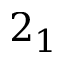
2 _ { 1 }